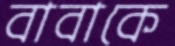
বাবাকে